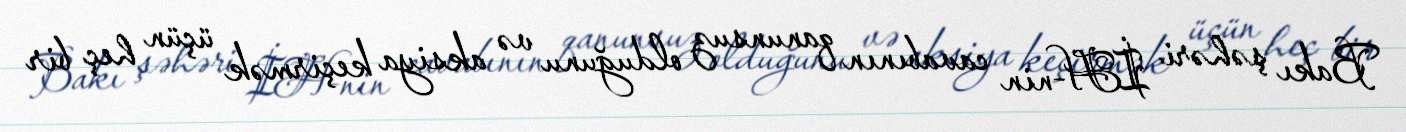
Bakı şəhəri İH-nin cavabının qanunsuz olduğunu və aksiya keçirmək üçün heç bir